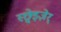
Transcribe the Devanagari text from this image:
स्छ्वेइज़ेर्